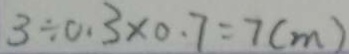
3 \div 0 . 3 \times 0 . 7 = 7 ( m )